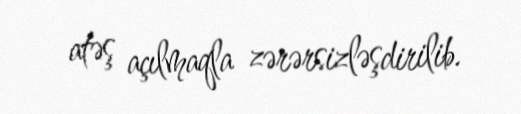
atəş açılmaqla zərərsizləşdirilib.